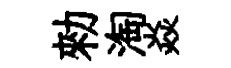
勑淘焱